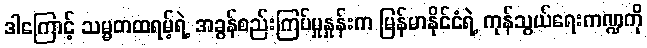
ဒါကြောင့် သမ္မတထရမ့်ရဲ့ အခွန်စည်းကြပ်မှုနှုန်းက မြန်မာနိုင်ငံရဲ့ ကုန်သွယ်ရေးကဏ္ဍကို